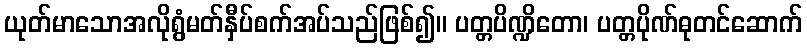
ယုတ်မာသောအလိုရွံမတ်နှီပ်စက်အပ်သည်ဖြစ်၍။ ပတ္တပိဏ္ဍိတော၊ ပတ္တပိုဏ်ဓုတင်ဆောက်